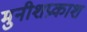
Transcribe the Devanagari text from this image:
मुनीशप्रकाश